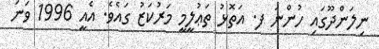
ނިލަންދޫގައި ހުންނަ ފ. އަތޮޅު ތަޢުލީމީ މަރުކަޒު ގައެވެ. އެއީ 1996 ވަނަ